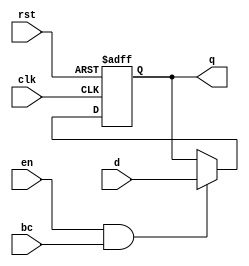
module BarrierRegister (
    input wire clk,          // Clock signal
    input wire rst,          // Asynchronous reset
    input wire en,           // Enable signal
    input wire bc,           // Barrier Condition
    input wire [31:0] d,     // Data Input (example width of 32 bits)
    output reg [31:0] q      // Data Output
);

// Asynchronous reset and synchronous update logic
always @(posedge clk or posedge rst) begin
    if (rst) begin
        q <= 32'b0;           // Reset output to predefined state (0)
    end else if (en && bc) begin
        q <= d;               // Update output with data input when conditions are met
    end
    // If EN is low or BC is not satisfied, retain previous value of q
end

endmodule